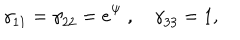
LaTeX: { \gamma } _ { 1 1 } = { \gamma } _ { 2 2 } = e ^ { \Psi } ~ , ~ { \gamma } _ { 3 3 } = 1 ,